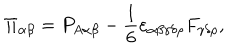
\Pi _ { \alpha \beta } = P _ { A \alpha \beta } - { \frac { 1 } { 6 } } \varepsilon _ { \alpha \beta \gamma \delta \rho } F _ { \gamma \delta \rho } ,